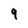
Character: 9